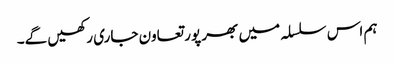
ہم اس سلسلہ میں بھر پور تعاون جاری رکھیں گے۔